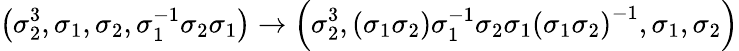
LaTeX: \left(\sigma_{2}^{3},\sigma_{1},\sigma_{2},\sigma_{1}^{-1}\sigma_{2}\sigma_{1}\right)\to\left(\sigma_{2}^{3},\left(\sigma_{1}\sigma_{2}\right)\sigma_{1}^{-1}\sigma_{2}\sigma_{1}\left(\sigma_{1}\sigma_{2}\right)^{-1},\sigma_{1},\sigma_{2}\right)